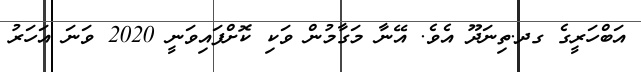
އަބްހަރީގެ ގދ.ތިނަދޫ އެވެ. އޭނާ މަގާމުން ވަކި ކޮށްފައިވަނީ 2020 ވަނަ އަހަރު